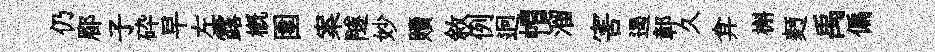
仍郿子砕早左露槪圍案隧妙贖敘例迥帽溜害遏鄣久弇槲麪禹偏